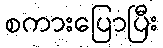
စကားပြောပြီး